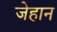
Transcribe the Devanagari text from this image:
जेहान